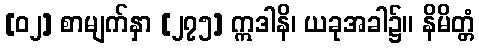
[၀၂] စာမျက်နှာ [၂၇၅] ဣဒါနိ၊ ယခုအခါ၌။ နိမိတ္တံ